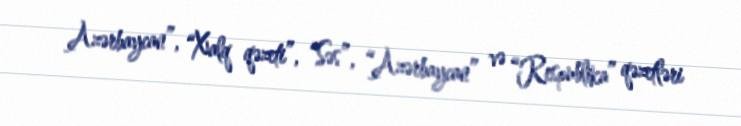
Azərbaycan”, “Xalq qəzeti”, “Səs”, “Azərbaycan” və “Respublika” qəzetləri